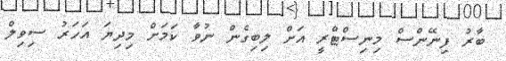
ބާރު ފިނޭންސް މިނިސްޓްރީ އަށް ލިބިގެން ނުވާ ކަމަށް މިދިޔަ އަހަރު ސިވިލް